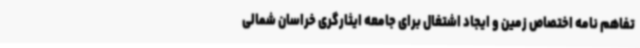
تفاهم نامه اختصاص زمین و ایجاد اشتغال برای جامعه ایثارگری خراسان شمالی